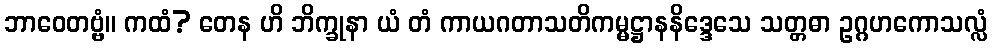
ဘာဝေတဗ္ဗံ။ ကထံ? တေန ဟိ ဘိက္ခုနာ ယံ တံ ကာယဂတာသတိကမ္မဋ္ဌာနနိဒ္ဒေသေ သတ္တဓာ ဥဂ္ဂဟကောသလ္လံ